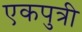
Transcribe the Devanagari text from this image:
एकपुत्री